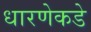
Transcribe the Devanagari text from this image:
धारणेकडे